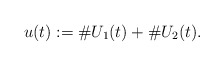
\begin{align*}u(t):=\#U_1(t)+\#U_2(t).\end{align*}